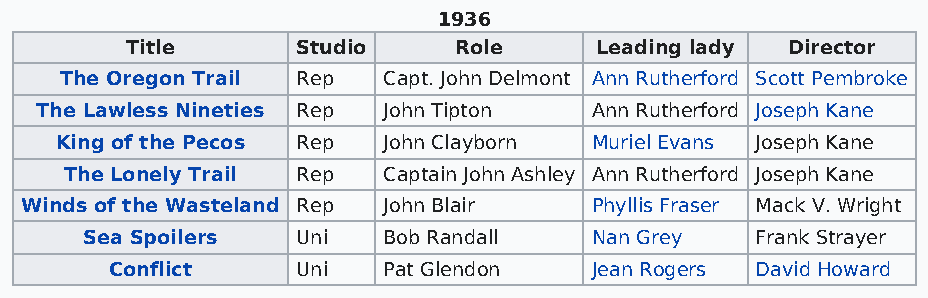
1936
 Title       Studio    Role     Leading lady Director
 The Oregon Trail Rep Capt. John Delmont Ann Rutherford Scott Pembroke
 The Lawless Nineties Rep John Tipton Ann Rutherford Joseph Kane
 King of the Pecos Rep John Clayborn Muriel Evans Joseph Kane
 The Lonely Trail Rep Captain John Ashley Ann Rutherford Joseph Kane
 Winds of the Wasteland Rep John Blair Phyllis Fraser Mack V. Wright
 Sea Spoilers   Uni  Bob Randall   Nan Grey   Frank Strayer
 Conflict     Uni  Pat Glendon   Jean Rogers David Howard